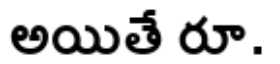
అయితే రూ.